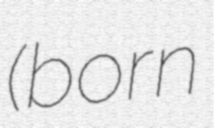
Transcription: (born